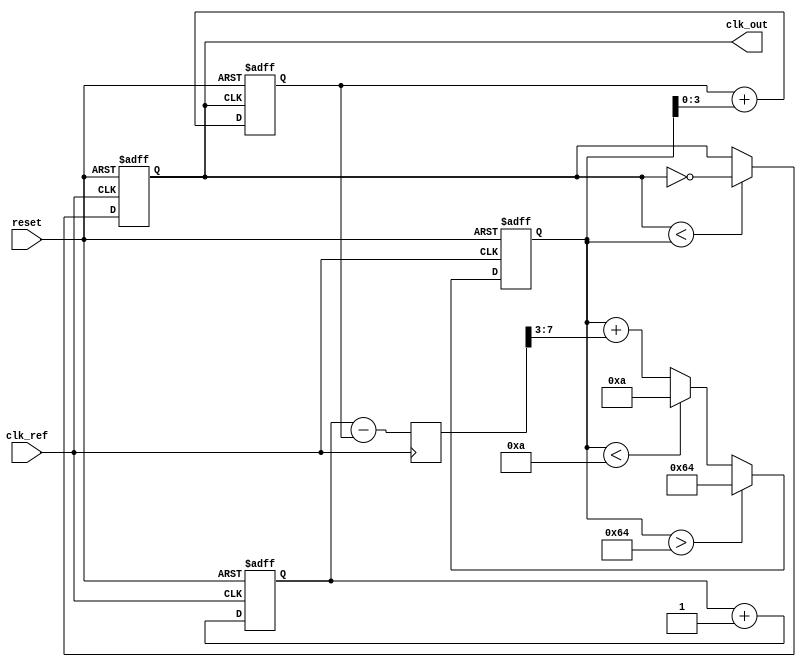
module pll (
    input wire clk_ref,       // Reference clock input
    input wire reset,         // Reset signal
    output wire clk_out       // Output clock signal
);

// Parameters
parameter PHASE_BITS = 8;     // Number of bits for phase resolution
parameter VCO_MAX_FREQ = 100; // Max frequency of VCO in some units
parameter VCO_MIN_FREQ = 10;   // Min frequency of VCO in some units

// Internal signals
reg [PHASE_BITS-1:0] phase_ref; // Phase of the reference clock
reg [PHASE_BITS-1:0] phase_vco;  // Phase of the VCO clock
reg [PHASE_BITS-1:0] phase_error; // Phase error signal
reg [7:0] control_signal;         // Control signal for VCO
reg clk_vco;                      // VCO clock output

// Phase Detector
always @(posedge clk_ref or posedge reset) begin
    if (reset) begin
        phase_ref <= 0;
    end else begin
        // Implementation can vary; simple phase comparison method here
        phase_ref <= phase_ref + 1'b1; // Increment phase on each reference clock cycle
    end
end

always @(posedge clk_vco or posedge reset) begin
    if (reset) begin
        phase_vco <= 0;
    end else begin
        phase_vco <= phase_vco + (control_signal[3:0]); // Increment based on control signal
    end
end

// Calculate Phase Error
always @(posedge clk_ref) begin
    phase_error <= phase_ref - phase_vco;
end

// Loop Filter (simple first-order filter here)
always @(posedge clk_ref or posedge reset) begin
    if (reset) begin
        control_signal <= 0;
    end else begin
        control_signal <= control_signal + (phase_error >> 3); // Simple proportional control
        // Implement clamping to prevent control signal out of bounds
        if (control_signal > VCO_MAX_FREQ) control_signal <= VCO_MAX_FREQ;
        else if (control_signal < VCO_MIN_FREQ) control_signal <= VCO_MIN_FREQ;
    end
end

// Voltage Controlled Oscillator (VCO)
always @(posedge clk_ref or posedge reset) begin
    if (reset) begin
        clk_vco <= 0;
    end else begin
        // Generate a VCO signal based on control signal
        clk_vco <= (clk_vco < control_signal) ? ~clk_vco : clk_vco; // Simple oscillator model
    end
end

// Output Buffer
assign clk_out = clk_vco;

endmodule